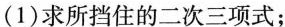
(1)求所挡住的二次三项式；